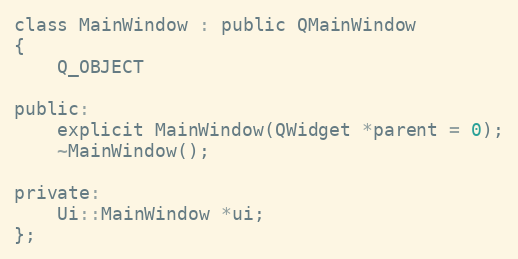
Language: C
class MainWindow : public QMainWindow
{
    Q_OBJECT

public:
    explicit MainWindow(QWidget *parent = 0);
    ~MainWindow();

private:
    Ui::MainWindow *ui;
};